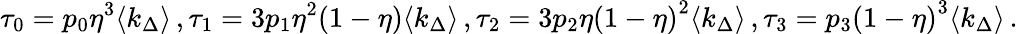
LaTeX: \tau_{0}=p_{0}\eta^{3}\langle k_{\Delta}\rangle\, ,\tau_{1}=3p_{1}\eta^{2}(1-\eta)\langle k_{\Delta}\rangle\, ,\tau_{2}=3p_{2}\eta{(1-\eta)}^{2}\langle k_{\Delta}\rangle\, ,\tau_{3}=p_{3}{(1-\eta)}^{3}\langle k_{\Delta}\rangle\, .